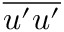
\overline { { u ^ { \prime } u ^ { \prime } } }